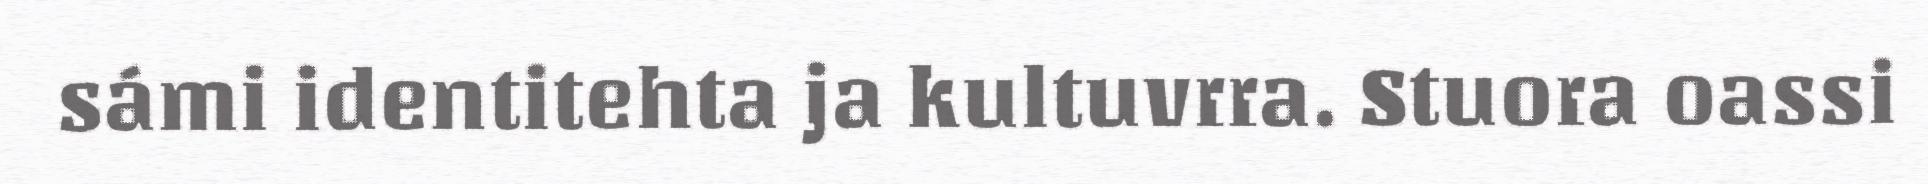
sámi identitehta ja kultuvrra. Stuora oassi